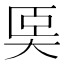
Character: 𡘡